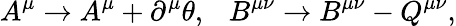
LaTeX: A^{\mu}\rightarrow A^{\mu}+\partial^{\mu}\theta,~~~B^{\mu\nu}\rightarrow B^{\mu\nu}-Q^{\mu\nu},